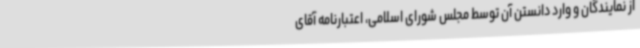
از نمایندگان و وارد دانستن آن توسط مجلس شورای اسلامی، اعتبارنامه آقای